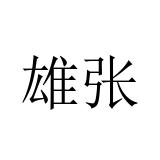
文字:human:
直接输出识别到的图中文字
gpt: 雄张